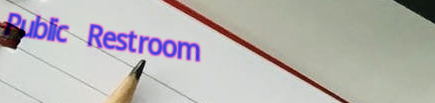
Public Restroom